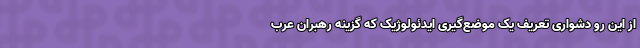
از این رو دشواری تعریف یک موضع‌گیری ایدئولوژیک که گزینه رهبران عرب